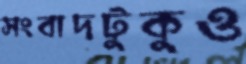
সংবাদটুকুও